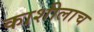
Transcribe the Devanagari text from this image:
काशीलाच